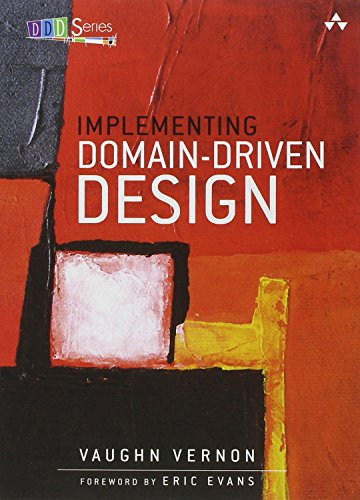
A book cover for Implementing Domain-Driven Design; Vaughn Vernon; Computers & Technology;